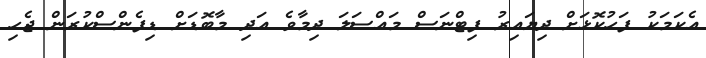
އެކަމަކު ފަހުކޮޅަށް ދިޔައިރު ފިޓްނަސް މައްސަލަ ދިމާވެ އަދި މާބޮޑަށް ޑިފެންސްކުރަން ޖެހި